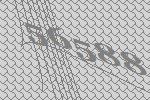
56588